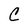
Character: C